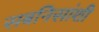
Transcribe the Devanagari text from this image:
सबनिसांशी